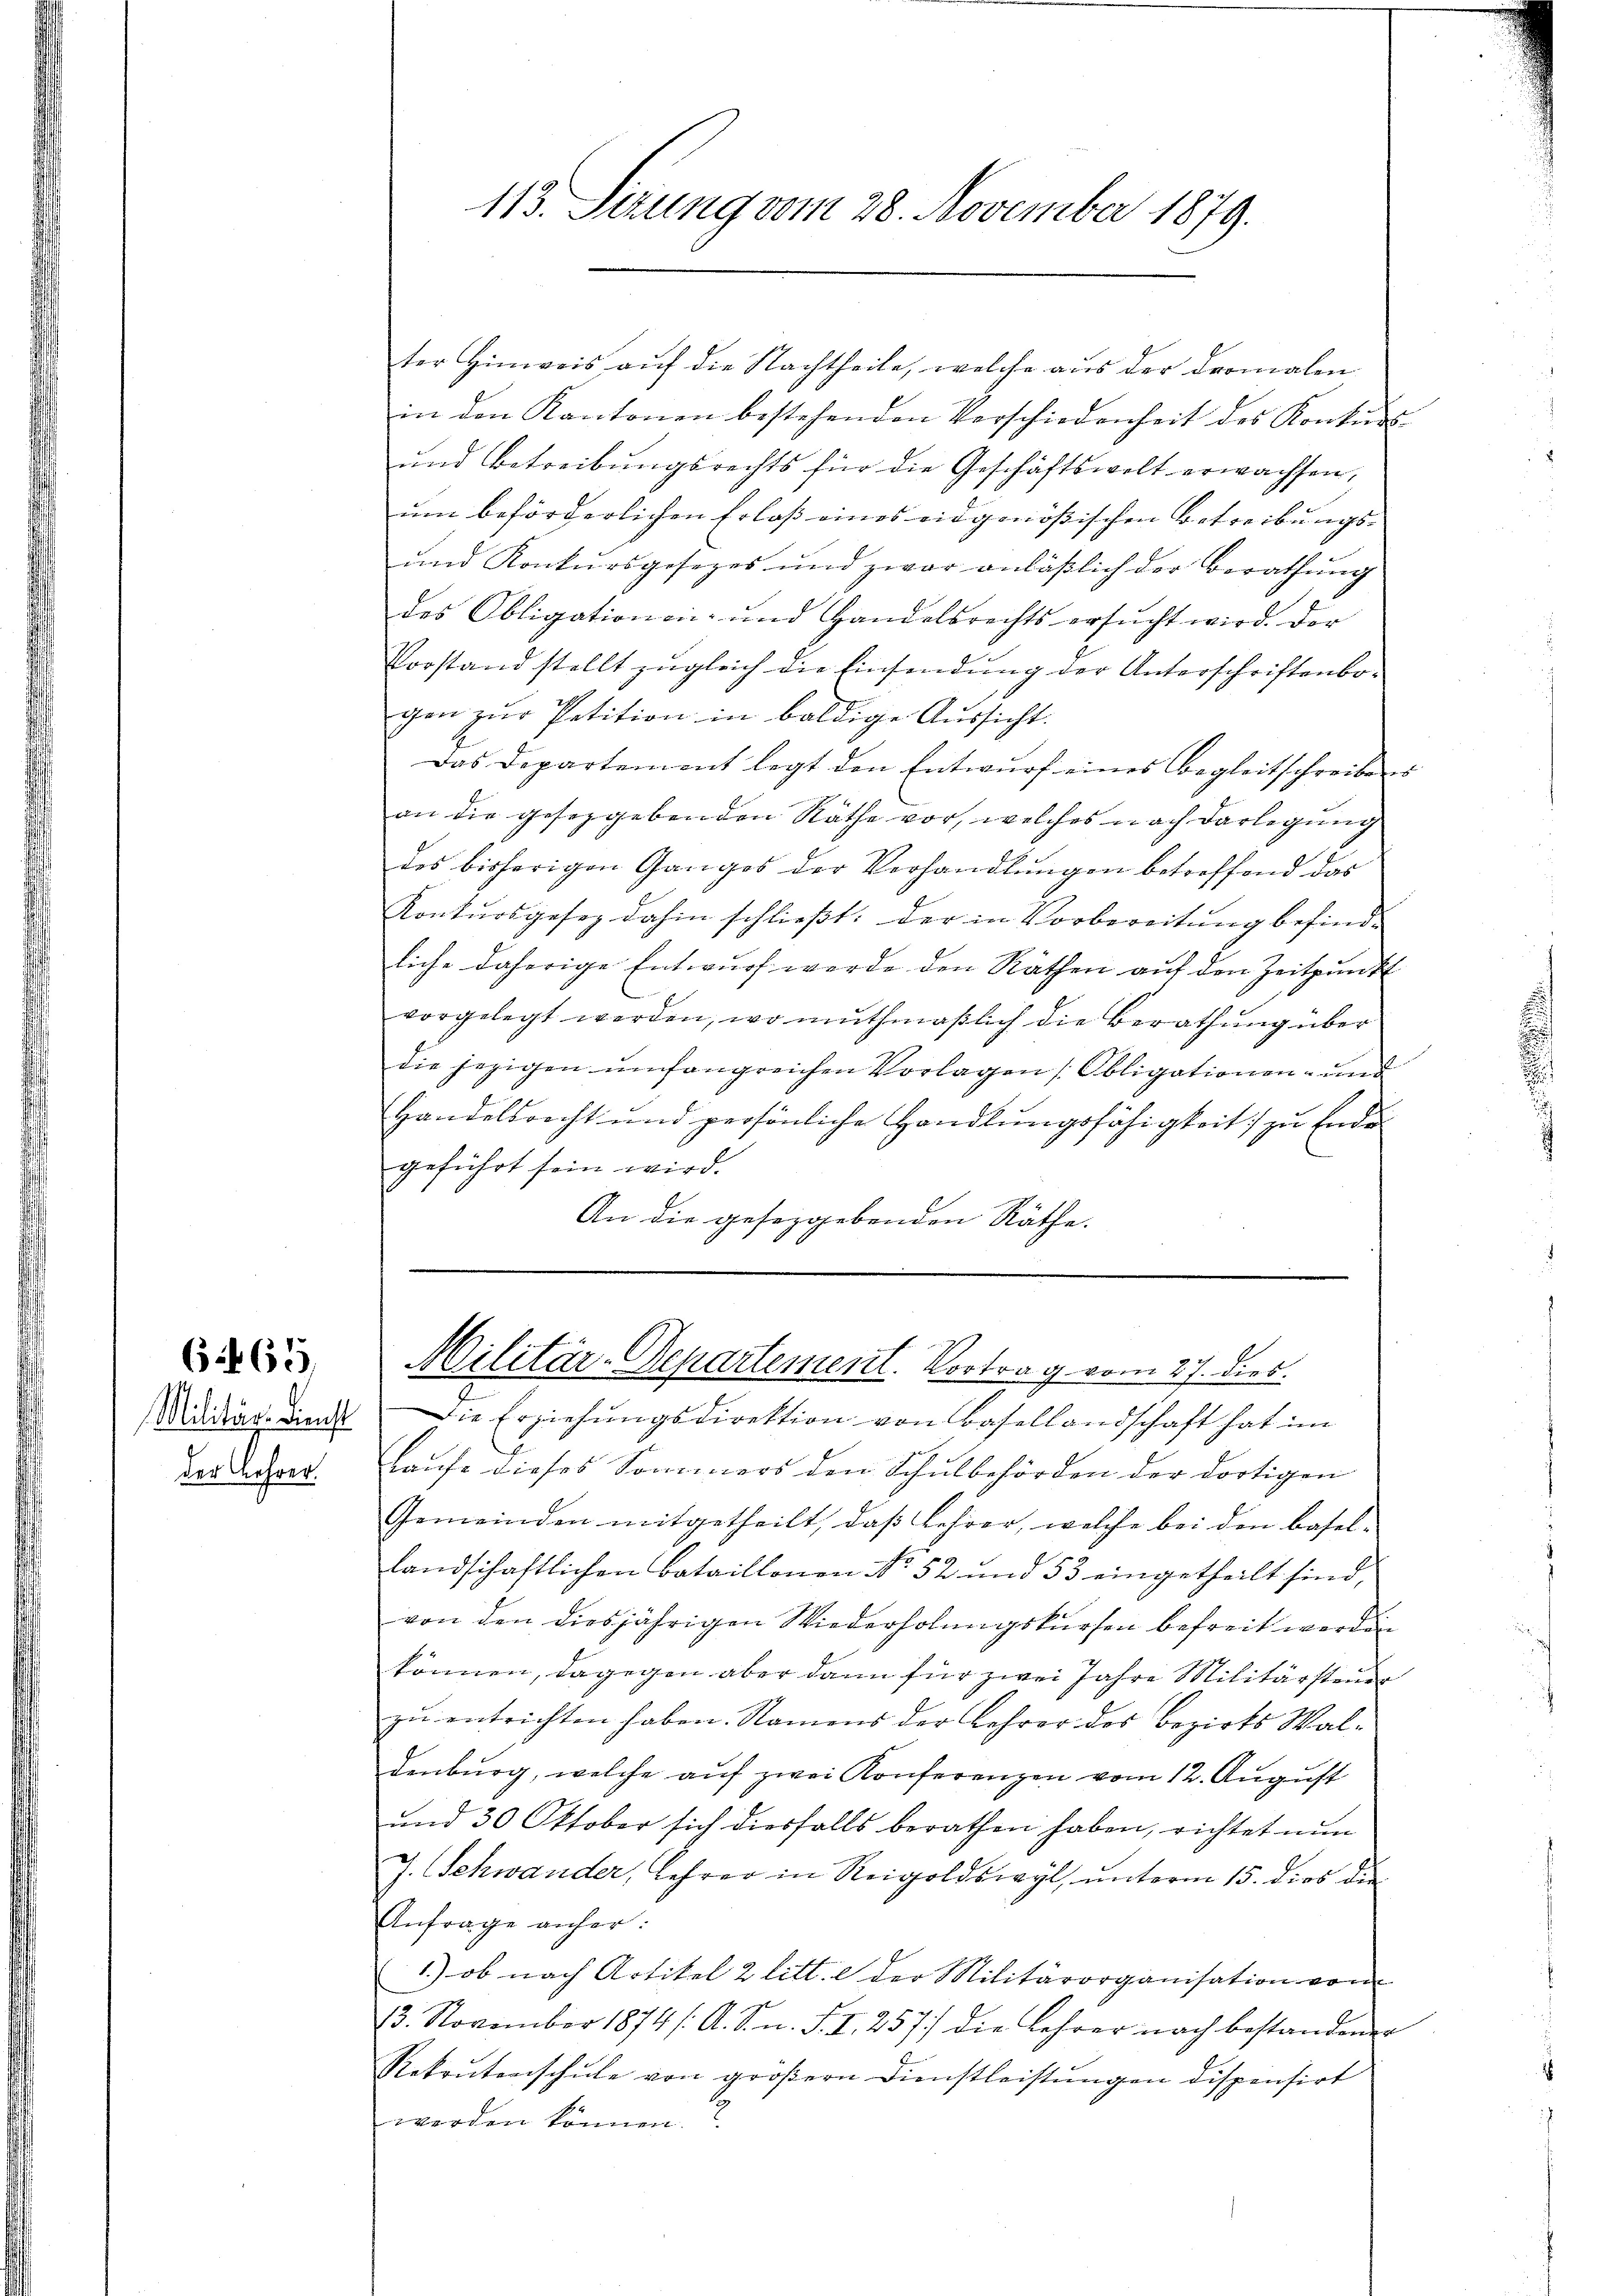
der Lehrer.

6 1865.

113. Serung vom 28. November 1879.

ter Hinweis auf die Nachtheile, welche aus der dermalen
in den Kantonen bestehenden Verschiedenheit des Konkurs-
ŭnd Betreibŭngsrechts für die Geschäftswolt erwachsen,
um beförderlichen Erlaß eines eidgenößischen Betreibungs¬
und Konkursgesezes und zwar anläβlich der Berathŭng
des Obligationen- und Handelsrechts ersŭcht wird. Der
Vorstand stellt zugleich die Einsendung der Unterschriftenbogen zŭr Petition in baldige Aussicht.
Das Departement legt den Entwŭrf eines Begleitschreibens
an die gesezgebenden Räthe vor, welches nach Darlegung
des bisherigen Ganges der Verhandlŭngen betreffend das
Konkursgesez dahin schlieβt: der in Vorbereitŭng befindliche daherige Entwurf werde den Räthen auf den Zeitpunkt
vorgelegt werden, wo muthmaßlich die Berathung über
die jezigen umfangreichen Vorlagen Obligationen- und
Handelsrecht und persönliche Handlungsfähigkeit) zu Ende
geführt sein wird.
An die gesezgebenden Räthe.

Militär-Departement. Vortrag vom 27. dies
Wadia und die Erziehŭngsdirektion von Basellandschaft hat im

Laufe dieses Sommers den Schulbehörden der dortigen
Gemeinden mitgetheilt, daß Lehrer, welche bei den Basellandschaftlichen Bataillonen No. 52 und 53 eingetheilt sind,
von den diesjährigen Wiederholungskursen befreit werden
können, dagegen aber dann für zwei Jahre Militärsteuer
zu entrichten haben. Namens der Lehrer des Bezirks Waldenburg, welche auf zwei Konferenzen vom 12. August
und 30 Oktober sich diesfalls berathen haben, richtet nun
J. Schwander, Lehrer in Reigoldswyl, unterm 15. dies die
Anfrage anher:
1.) ob nach Artikel 2 litt. e der Militärorganisation von
23. November 1874 /: A. S. n. F. II. 257 die Lehrer nach bestandener
Rekontenschŭle von gröβern Dienstleistŭngen dispensirt
werden können.2